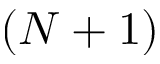
( N + 1 )